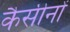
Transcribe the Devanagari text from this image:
कैसीनों